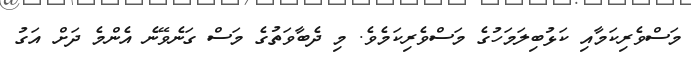
މަސްވެރިކަމާއި ކަޅުބިލަމަހުގެ މަސްވެރިކަމެވެ. މި ދެބާވަތުގެ މަސް ގަނެވޭނެ އެންމެ ދަށް އަގު